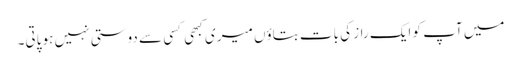
میں آپ کو ایک راز کی بات بتاؤں میری کبھی کسی سے دوستی نہیں ہو پاتی۔